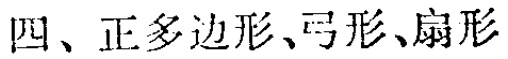
四、正多边形、弓形、扇形